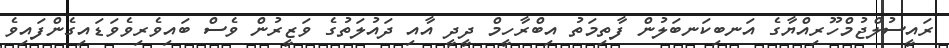
ރައީސުލްޖުމްހޫރިއްޔާގެ އަނބިކަނބަލުން ފާތިމަތު އިބްރާހީމް ދީދީ އާއި ދައުލަތުގެ ވަޒީރުން ވެސް ބައިވެރިވެވަޑައިގެންފައިވެ